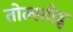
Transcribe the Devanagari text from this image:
तोल्स्तोइ